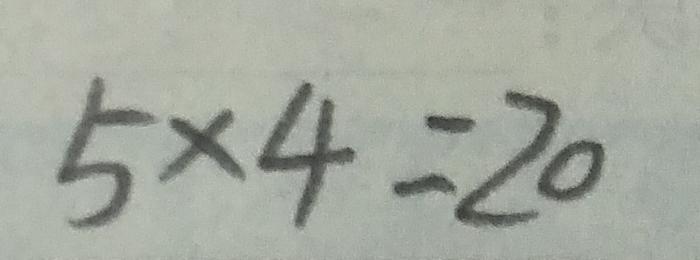
5 \times 4 = 2 0